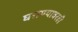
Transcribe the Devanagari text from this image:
घराण्यावरही